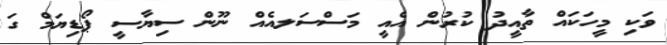
ވަކި މީހަކަައް ތާއީދު ކުރުން އެއީ މަސްސަލއެއް ނޫން ސިޔާސީ ޕޯޑިޔަމް ގަ